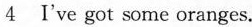
4 I've got some oranges.